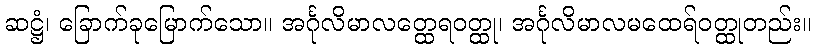
ဆဋ္ဌံ၊ ခြောက်ခုမြောက်သော။ အင်္ဂုလိမာလတ္ထေရဝတ္ထု၊ အင်္ဂုလိမာလမထေရ်ဝတ္ထုတည်း။